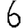
Digit: 6